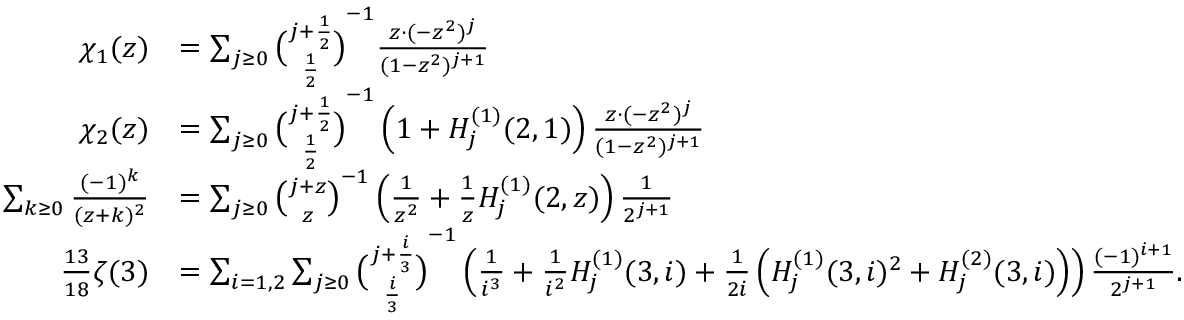
{ \begin{array} { r l } { \chi _ { 1 } ( z ) } & { = \sum _ { j \geq 0 } { \binom { j + { \frac { 1 } { 2 } } } { \frac { 1 } { 2 } } } ^ { - 1 } { \frac { z \cdot ( - z ^ { 2 } ) ^ { j } } { ( 1 - z ^ { 2 } ) ^ { j + 1 } } } } \\ { \chi _ { 2 } ( z ) } & { = \sum _ { j \geq 0 } { \binom { j + { \frac { 1 } { 2 } } } { \frac { 1 } { 2 } } } ^ { - 1 } \left( 1 + H _ { j } ^ { ( 1 ) } ( 2 , 1 ) \right) { \frac { z \cdot ( - z ^ { 2 } ) ^ { j } } { ( 1 - z ^ { 2 } ) ^ { j + 1 } } } } \\ { \sum _ { k \geq 0 } { \frac { ( - 1 ) ^ { k } } { ( z + k ) ^ { 2 } } } } & { = \sum _ { j \geq 0 } { \binom { j + z } { z } } ^ { - 1 } \left( { \frac { 1 } { z ^ { 2 } } } + { \frac { 1 } { z } } H _ { j } ^ { ( 1 ) } ( 2 , z ) \right) { \frac { 1 } { 2 ^ { j + 1 } } } } \\ { { \frac { 1 3 } { 1 8 } } \zeta ( 3 ) } & { = \sum _ { i = 1 , 2 } \sum _ { j \geq 0 } { \binom { j + { \frac { i } { 3 } } } { \frac { i } { 3 } } } ^ { - 1 } \left( { \frac { 1 } { i ^ { 3 } } } + { \frac { 1 } { i ^ { 2 } } } H _ { j } ^ { ( 1 ) } ( 3 , i ) + { \frac { 1 } { 2 i } } \left( H _ { j } ^ { ( 1 ) } ( 3 , i ) ^ { 2 } + H _ { j } ^ { ( 2 ) } ( 3 , i ) \right) \right) { \frac { ( - 1 ) ^ { i + 1 } } { 2 ^ { j + 1 } } } . } \end{array} }